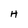
Character: H